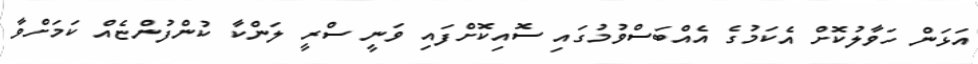
އަޅަން ހަވާލުކޮށް އެކަމުގެ އެއްބަސްވުމުގައި ސޮއިކޮށްފައި ވަނީ ސްރީ ލަންކާ ކުންފުންޏެއް ކަމަށްވާ